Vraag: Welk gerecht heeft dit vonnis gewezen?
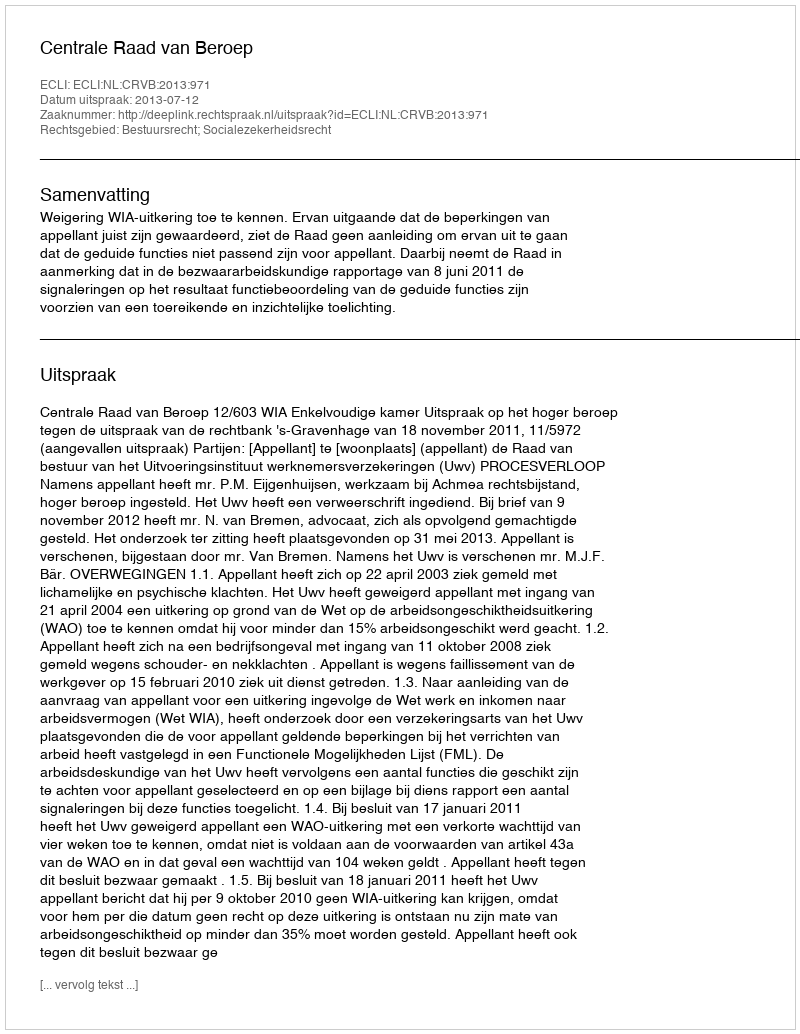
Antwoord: Centrale Raad van Beroep